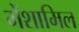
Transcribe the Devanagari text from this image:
मेंशामिल